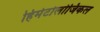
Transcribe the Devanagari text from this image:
हिमेटोलोजिकल